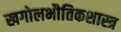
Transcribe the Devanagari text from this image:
खगोलभौतिकशास्त्र